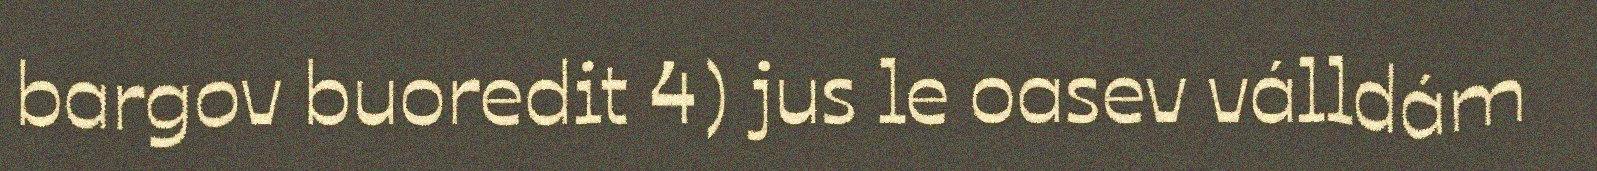
bargov buoredit 4) jus le oasev válldám